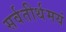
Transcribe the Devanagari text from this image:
सर्वतीर्थमयं